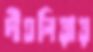
দীঘলিয়ায়